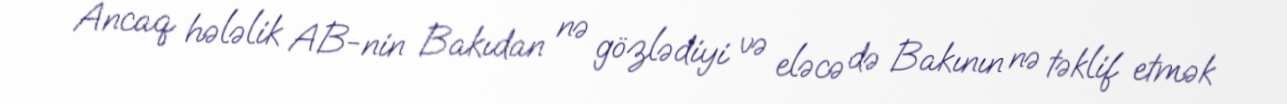
Ancaq hələlik AB-nin Bakıdan nə gözlədiyi və eləcə də Bakının nə təklif etmək